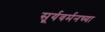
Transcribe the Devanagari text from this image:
सूर्यवर्मनच्या